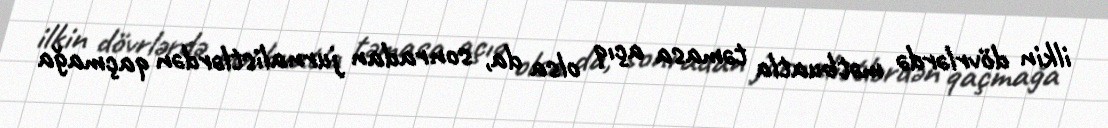
ilkin dövrlərdə mətbuatla təmasa açıq olsa da, sonradan jurnalistlərdən qaçmağa